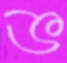
ভ